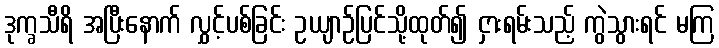
ဒုက္ခသီရိ အပြီးနောက် လွှင့်ပစ်ခြင်း ဥယျာဉ်ပြင်သို့ထုတ်၍ ငှားရမ်းသည့် ကွဲသွားရင် မကြ